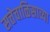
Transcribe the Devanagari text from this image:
सत्तेचाळिसाव्या